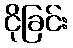
ငိုခြင်း